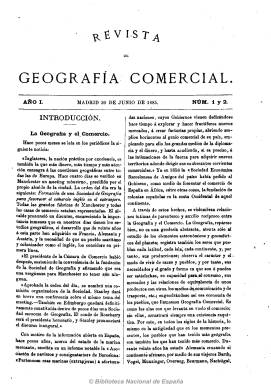
Título: Revista de geografía comercial
Colección: Revistas de información general
Ámbito geográfico: Madrid
Lugar de publicación: Madrid
Fechas: 30/06/1885-01/10/1896

Publicación vinculada al máximo representante del regeneracionismo español, Joaquín Costa (1846-1911), que fue su primer director, desde el 30 de junio de 1885 hasta marzo de 1886, aunque continua profusamente publicando en sus páginas hasta finales de 1887, y unido a ella como su editor hasta 1893. Queda asimismo conexionada al espíritu del krausismo, de la Institución Libre de Enseñanza y al movimiento expedicionario y abolicionista colonial, a través de otros representantes del mismo, como Francisco Coello (1822-1898), que fue su segundo director, Gonzalo de Reparaz (1860-1939), Rafael Torres Campos (1853-1904), Ricardo Beltrán y Rózpide (1852-1929), Francisco Quiroga (1853-1894), o Juan Serrano Gómez (1837-1898).

La revista es el órgano de expresión de la Sociedad Española de Geografía Comercial en la que se había transformado, en 1885, la Sociedad de Africanistas y Colonialistas, que había nacido del Congreso de Geografía Colonial y Mercantil, celebrado en Madrid en 1883, organizado por los ya citados.

Es una publicación en gran formato, de aparición quincenal, con números a veces dobles o triples, por lo que su paginación es variada, aunque en torno a las dieciséis páginas, y compuesta a dos columnas. La mayor parte de los textos salieron de la pluma de Costa mientras éste fue su director. Publica artículos, memorias, estudios, informes, estadísticas, etc. en torno a las expediciones y exploraciones de sus viajeros, como las de África occidental y austral que dirige el propio Costa, y la evolución colonial española y mundial. Asimismo inserta artículos de historia, geografía, cultura, sociedad, emigración, agricultura, industria, población, política colonial, relaciones y comercio exterior, comunicaciones y navegación marítima, y sobre los congresos y actividades de las diversas sociedades geográficas e instituciones económicas y culturales fomentadoras de la industria y el comercio. También tiene secciones dedicadas a españoles en el extranjero y a la producción bibliográfica, además de incluir noticias breves. Publica algunos grabados de mapas y planos.

La colección está formada por cinco tomos, con índices cada uno. Al final de su última entrega, correspondiente al uno de octubre de 1896, inserta los índices generales geográfico y de autores, elaborado por el propio Ricardo Beltrán y Rózpide. A través del mismo, se observa cómo los contenidos de la revista alcanzan a todos lo continentes, y a países como España, Mauritania, Marruecos, Sáhara, Golfo de Guinea, Antillas, Filipinas, Portugal, etc.

Ese mismo año de 1896 la Sociedad Española de Geografía Comercial se incorpora a la Sociedad Geográfica de Madrid, formando su Sección de Geografía Comercial, que editará hasta 21 volúmenes de la Revista de Geografía Colonial y Mercantil (1897-1924), hasta que se refunde con el Boletín de la Real Sociedad Geográfica, que sigue publicándose en la actualidad.